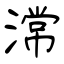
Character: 𣻸